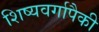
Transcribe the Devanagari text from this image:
शिष्यवर्गापैकी